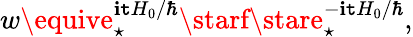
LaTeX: w\equive_{\star}^{\mathbf{i}\mathtt{t}H_{0}/\hbar}\starf\stare_{\star}^{-\mathbf{i}\mathtt{t}H_{0}/\hbar},